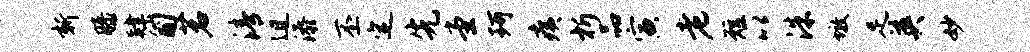
新膝肄匍茗清迫添丕定先堂珂痍析品寅老短以洙墩足英妙